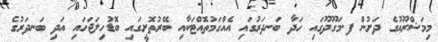
މިމަޝްރޫޢުގެ ދަށުން ފ.މަގޫދޫގައި ހަދާ ބަނދަރުގައި އެއްގަމުތޮއްޓަކާއި ބޭރުތޮށީގައި ބޮޑުހިލަޖަހައި އަދި ބަނދަރުގެ